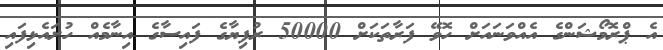
އެ ޕްރޮމޯޝަންގެ އެއްވަނައަށް ހޮވޭ ފަރާތަކަށް 50000 ރުފިޔާގެ ފައިސާގެ އިނާމެއް ހުށައެޅިފައި